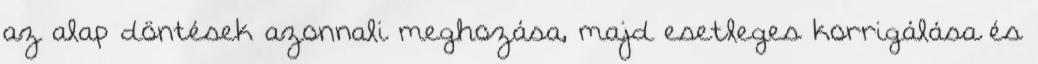
az alap döntések azonnali meghozása, majd esetleges korrigálása és